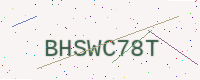
Text: BHSWC78T